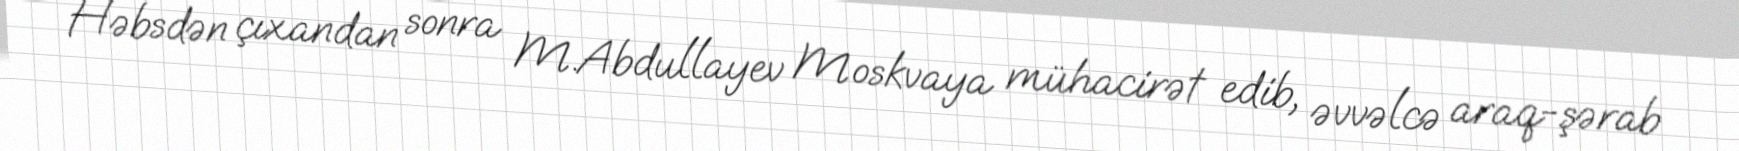
Həbsdən çıxandan sonra M.Abdullayev Moskvaya mühacirət edib, əvvəlcə araq-şərab